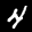
Label: 4